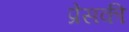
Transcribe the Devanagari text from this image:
प्रेसकी